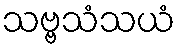
သဗ္ဗသံသယံ